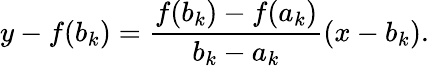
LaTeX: y-f(b_{k})={\frac{f(b_{k})-f(a_{k})}{b_{k}-a_{k}}}(x-b_{k}).